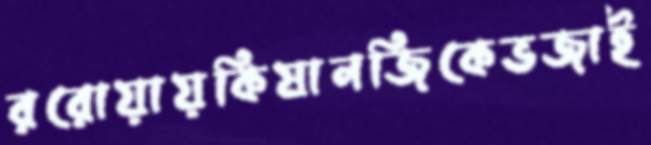
ররোয়ায়কিষানজিকেভজাই